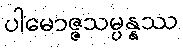
ပါမောဇ္ဇသမ္ပန္နဿ